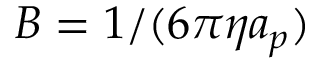
B = 1 / ( 6 \pi \eta a _ { p } )